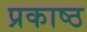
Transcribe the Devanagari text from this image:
प्रकाष्ठ